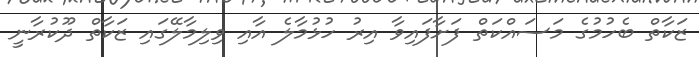
ޒަކާތް ބެހުމުގެ މަސައްކަތް ފަށާފައިވާ އިރު ހުޅުމާލެ އާއި ވިލިމާލޭގައި ޒަކާތް ދޫކުރާނީ